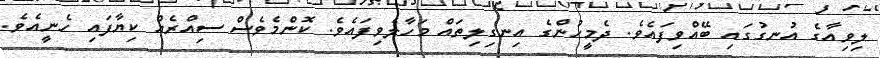
ލިވިއާގެ އުނގުގައި ބޭއްވިފައެވެ. ދެމީހުންގެ އިނގިލިތައް މަހާލެވިފައެވެ. ކޮންމެވެސް ސިއްރެއް ކިޔާފައި ހެނީއެވެ.